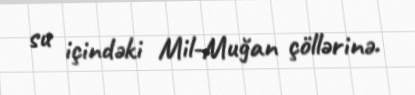
su içindəki Mil-Muğan çöllərinə.